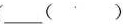
___（ ）